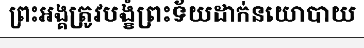
ព្រះអង្គត្រូវបង្ខំព្រះទ័យដាក់នយោបាយ